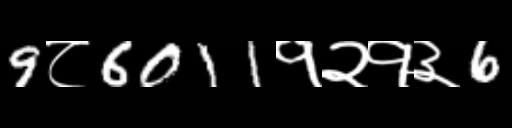
Text: 9८6011१२१३6